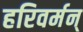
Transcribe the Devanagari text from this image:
हरिवर्मन्‌